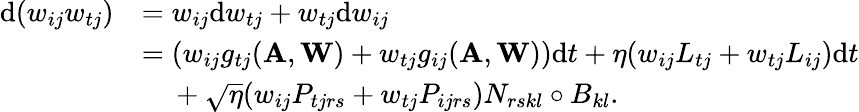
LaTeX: \begin{array}{rl}{\mathrm{d}(w_{ij}w_{tj})}&{=w_{ij}\mathrm{d}w_{tj}+w_{tj}\mathrm{d}w_{ij}}\\ &{=(w_{ij}g_{tj}(\mathbf A,\mathbf W)+w_{tj}g_{ij}(\mathbf A,\mathbf W))\mathrm{d}t+\eta(w_{ij}L_{tj}+w_{tj}L_{ij})\mathrm{d}t}\\ &{\ \ \ \ +\sqrt{\eta}(w_{ij}P_{tjrs}+w_{tj}P_{ijrs})N_{rskl}\circ B_{kl}.}\end{array}